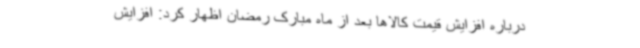
درباره افزایش قیمت کالاها بعد از ماه مبارک رمضان اظهار کرد: افزایش